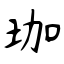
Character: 珈